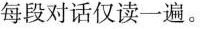
每段对话仅读一遍.